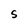
Character: S